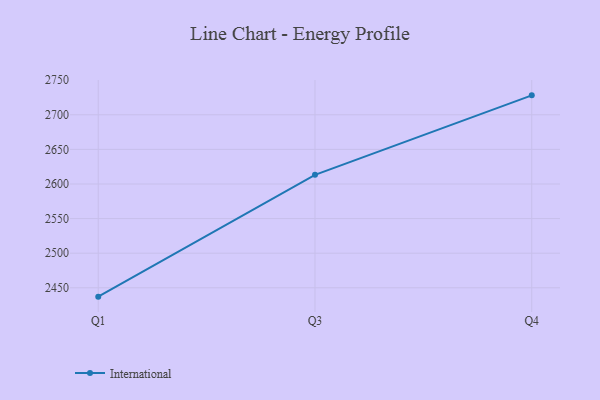
{"axis": {"x": "Quarter", "y": "Shipments"}, "legend": ["International"], "data": [{"x": "Q1", "y": 2437.2, "type": "International"}, {"x": "Q3", "y": 2613.2, "type": "International"}, {"x": "Q4", "y": 2728.1, "type": "International"}]}